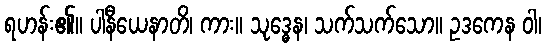
ရဟန်း၏။ ပါနီယေနာတိ၊ ကား။ သုဒ္ဓေန၊ သက်သက်သော။ ဥဒကေန ဝါ၊